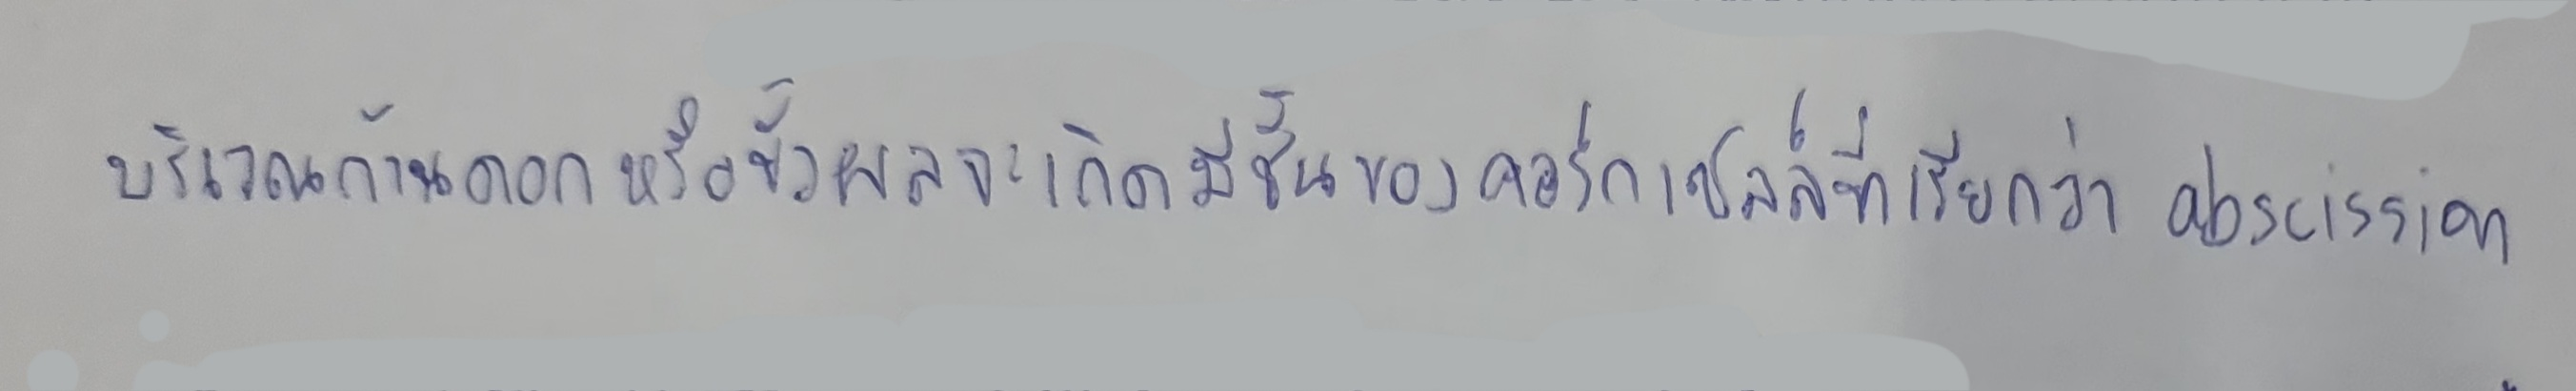
บริเวณก้านดอกหรือขั้วผลจะเกิดมีชั้นของคอร์กเซลล์ที่เรียกว่าabscission